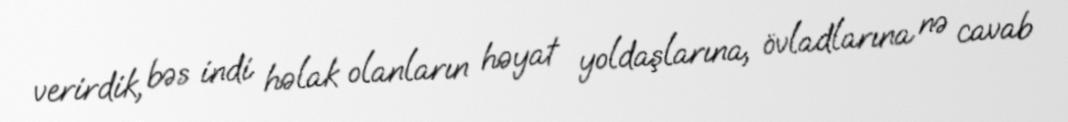
verirdik, bəs indi həlak olanların həyat yoldaşlarına, övladlarına nə cavab